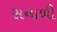
સનાળી